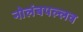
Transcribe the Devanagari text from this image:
नोलंबपल्लव